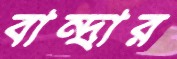
বান্দ্রার